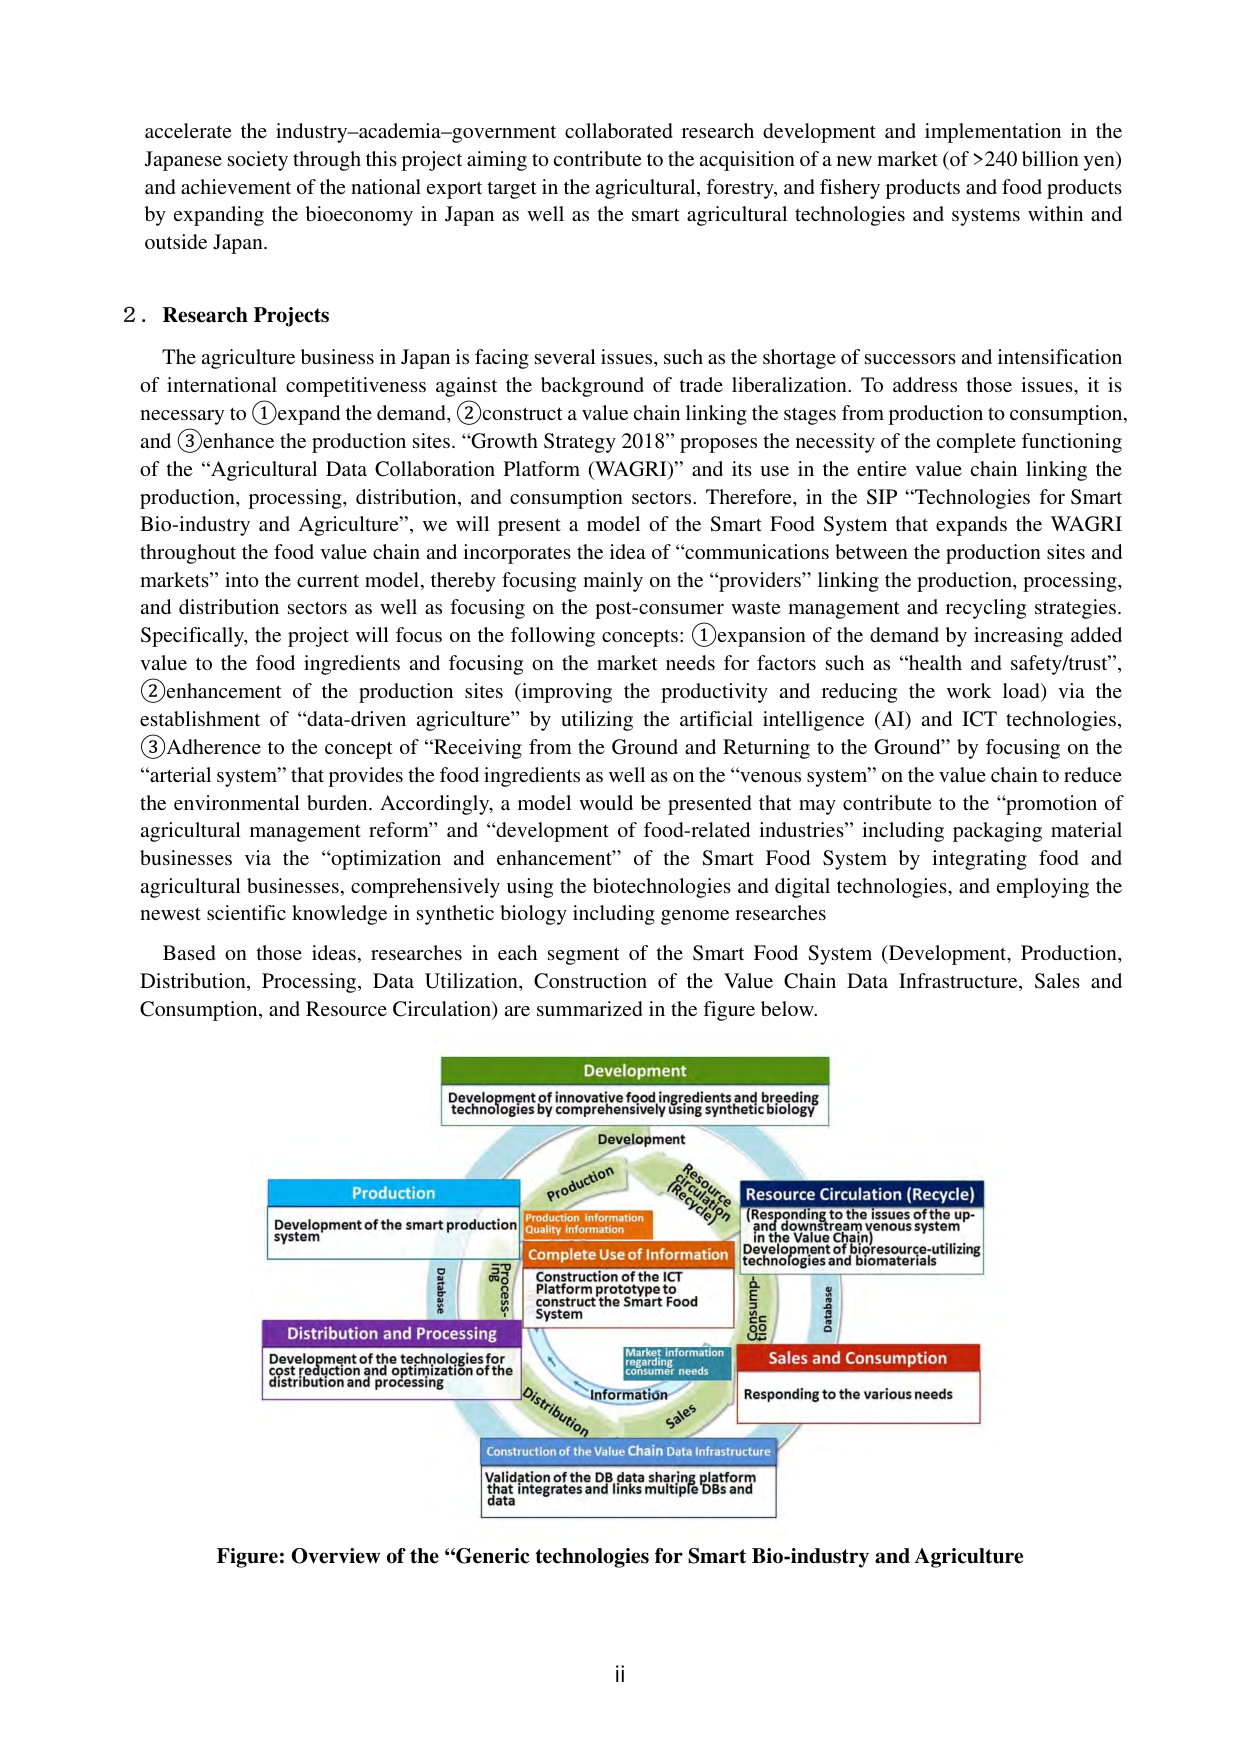
accelerate the industry–academia–government collaborated research development and implementation in the Japanese society through this project aiming to contribute to the acquisition of a new market (of >240 billion yen) and achievement of the national export target in the agricultural, forestry, and fishery products and food products by expanding the bioeconomy in Japan as well as the smart agricultural technologies and systems within and outside Japan.

2. Research Projects

The agriculture business in Japan is facing several issues, such as the shortage of successors and intensification of international competitiveness against the background of trade liberalization. To address those issues, it is necessary to ①expand the demand, ②construct a value chain linking the stages from production to consumption, and ③enhance the production sites. “Growth Strategy 2018” proposes the necessity of the complete functioning of the “Agricultural Data Collaboration Platform (WAGRI)” and its use in the entire value chain linking the production, processing, distribution, and consumption sectors. Therefore, in the SIP “Technologies for Smart Bio-industry and Agriculture”, we will present a model of the Smart Food System that expands the WAGRI throughout the food value chain and incorporates the idea of “communications between the production sites and markets” into the current model, thereby focusing mainly on the “providers” linking the production, processing, and distribution sectors as well as focusing on the post-consumer waste management and recycling strategies. Specifically, the project will focus on the following concepts: ①expansion of the demand by increasing added value to the food ingredients and focusing on the market needs for factors such as “health and safety/trust”, ②enhancement of the production sites (improving the productivity and reducing the work load) via the establishment of “data-driven agriculture” by utilizing the artificial intelligence (AI) and ICT technologies, ③Adherence to the concept of “Receiving from the Ground and Returning to the Ground” by focusing on the “arterial system” that provides the food ingredients as well as on the “venous system” on the value chain to reduce the environmental burden. Accordingly, a model would be presented that may contribute to the “promotion of agricultural management reform” and “development of food-related industries” including packaging material businesses via the “optimization and enhancement” of the Smart Food System by integrating food and agricultural businesses, comprehensively using the biotechnologies and digital technologies, and employing the newest scientific knowledge in synthetic biology including genome researches

Based on those ideas, researches in each segment of the Smart Food System (Development, Production, Distribution, Processing, Data Utilization, Construction of the Value Chain Data Infrastructure, Sales and Consumption, and Resource Circulation) are summarized in the figure below.

Development
Development of innovative food ingredients and breeding technologies by comprehensively using synthetic biology

Production
Development of the smart production system

Distribution and Processing
Development of the technologies for cost reduction and optimization of the distribution and processing

Resource Circulation (Recycle)
(Responding to the issues of the up- and downstream venous system in the Value Chain)
Development of bioresource-utilizing technologies and biomaterials

Sales and Consumption
Responding to the various needs

Complete Use of Information
Construction of the ICT Platform prototype to construct the Smart Food System

Construction of the Value Chain Data Infrastructure
Validation of the DB data sharing platform that integrates and links multiple DBs and data

Figure: Overview of the “Generic technologies for Smart Bio-industry and Agriculture

ii